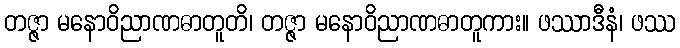
တဇ္ဇာ မနောဝိညာဏဓာတူတိ၊ တဇ္ဇာ မနောဝိညာဏဓာတူကား။ ဖဿာဒီနံ၊ ဖဿ